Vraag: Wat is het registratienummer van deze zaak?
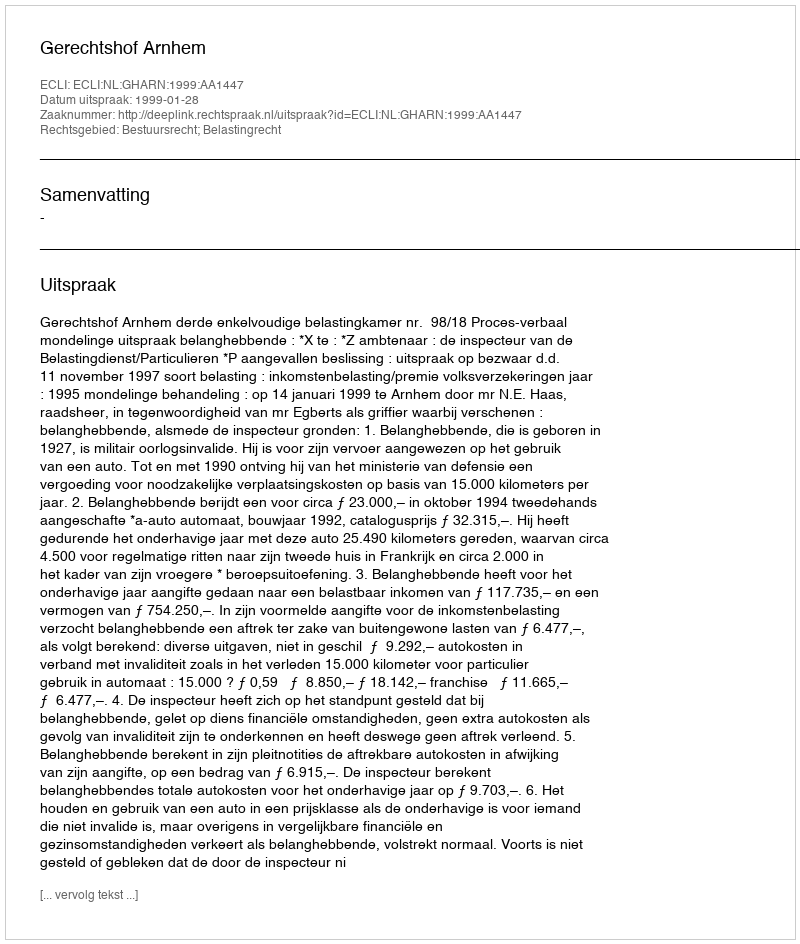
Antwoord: http://deeplink.rechtspraak.nl/uitspraak?id=ECLI:NL:GHARN:1999:AA1447